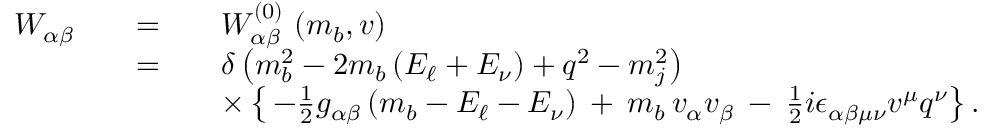
\begin{array} { r c l } { { W _ { \alpha \beta } } } & { { \quad = \quad } } & { { W _ { \alpha \beta } ^ { ( 0 ) } \, \left( m _ { b } , v \right) } } \\ { { } } & { { \quad = \quad } } & { { \delta \left( m _ { b } ^ { 2 } - 2 m _ { b } \left( E _ { \ell } + E _ { \nu } \right) + q ^ { 2 } - m _ { j } ^ { 2 } \right) } } \\ { { } } & { { } } & { { \times \left\{ \, - { \frac { 1 } { 2 } } g _ { \alpha \beta } \left( m _ { b } - E _ { \ell } - E _ { \nu } \right) \: + \: m _ { b } \, v _ { \alpha } v _ { \beta } \: - \: { \frac { 1 } { 2 } } i \epsilon _ { \alpha \beta \mu \nu } v ^ { \mu } q ^ { \nu } \right\} . } } \end{array}